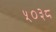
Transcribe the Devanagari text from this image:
५०३८